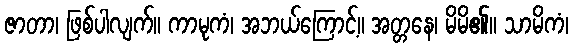
ဇာတာ၊ ဖြစ်ပါလျက်။ ကာမုကံ၊ အဘယ်ကြောင့်။ အတ္တနေ၊ မိမိ၏။ သာမိကံ၊